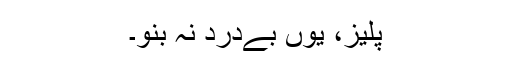
پلیز، یوں بےدرد نہ بنو۔